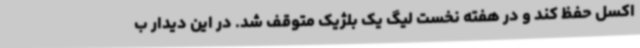
اکسل حفظ کند و در هفته نخست لیگ یک بلژیک متوقف شد. در این دیدار ب